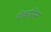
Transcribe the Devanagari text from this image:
मेकपिस